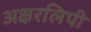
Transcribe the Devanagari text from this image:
अक्षरलिपी